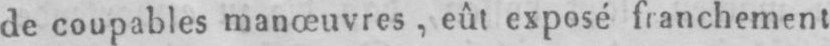
de coupables manœuvres, eût exposé franchement